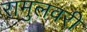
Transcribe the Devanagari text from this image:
रामुलवरी